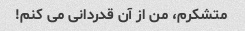
متشکرم، من از آن قدردانی می کنم!